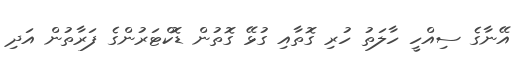
އޭނާގެ ސިއްހީ ހާލަތު ހުރި ގޮތާއި ގުޅޭ ގޮތުން ޑޮކްޓަރުންގެ ފަރާތުން އަދި